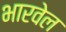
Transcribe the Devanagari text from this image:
भारवेल